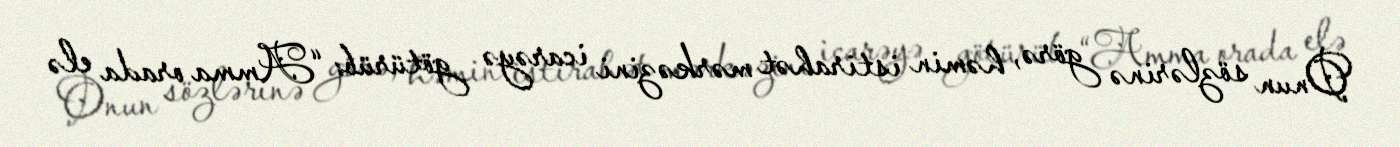
Onun sözlərinə görə, həmin istirahət mərkəzini icarəyə götürüb: “Amma orada elə